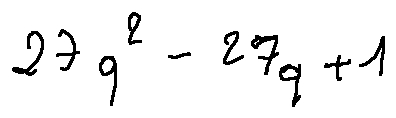
2 7 q ^ { 2 } - 2 7 q + 1